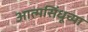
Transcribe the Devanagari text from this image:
आत्मसिंधूच्या